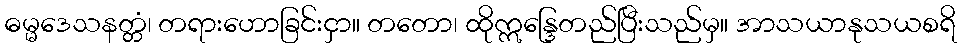
ဓမ္မဒေသနတ္တံ၊ တရားဟောခြင်းငှာ။ တတော၊ ထိုဣန္ဒြေတည်ပြီးသည်မှ။ အာသယာနုသယစရိ